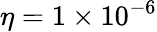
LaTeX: \eta=1\times 10^{-6}